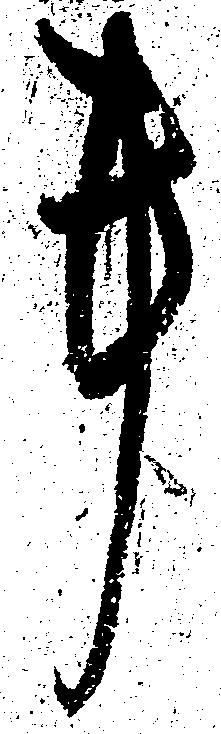
事